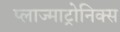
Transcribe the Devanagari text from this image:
प्लाज्माट्रोनिक्स